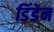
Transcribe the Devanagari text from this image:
डिंडेन